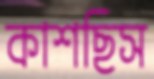
কাশছিস